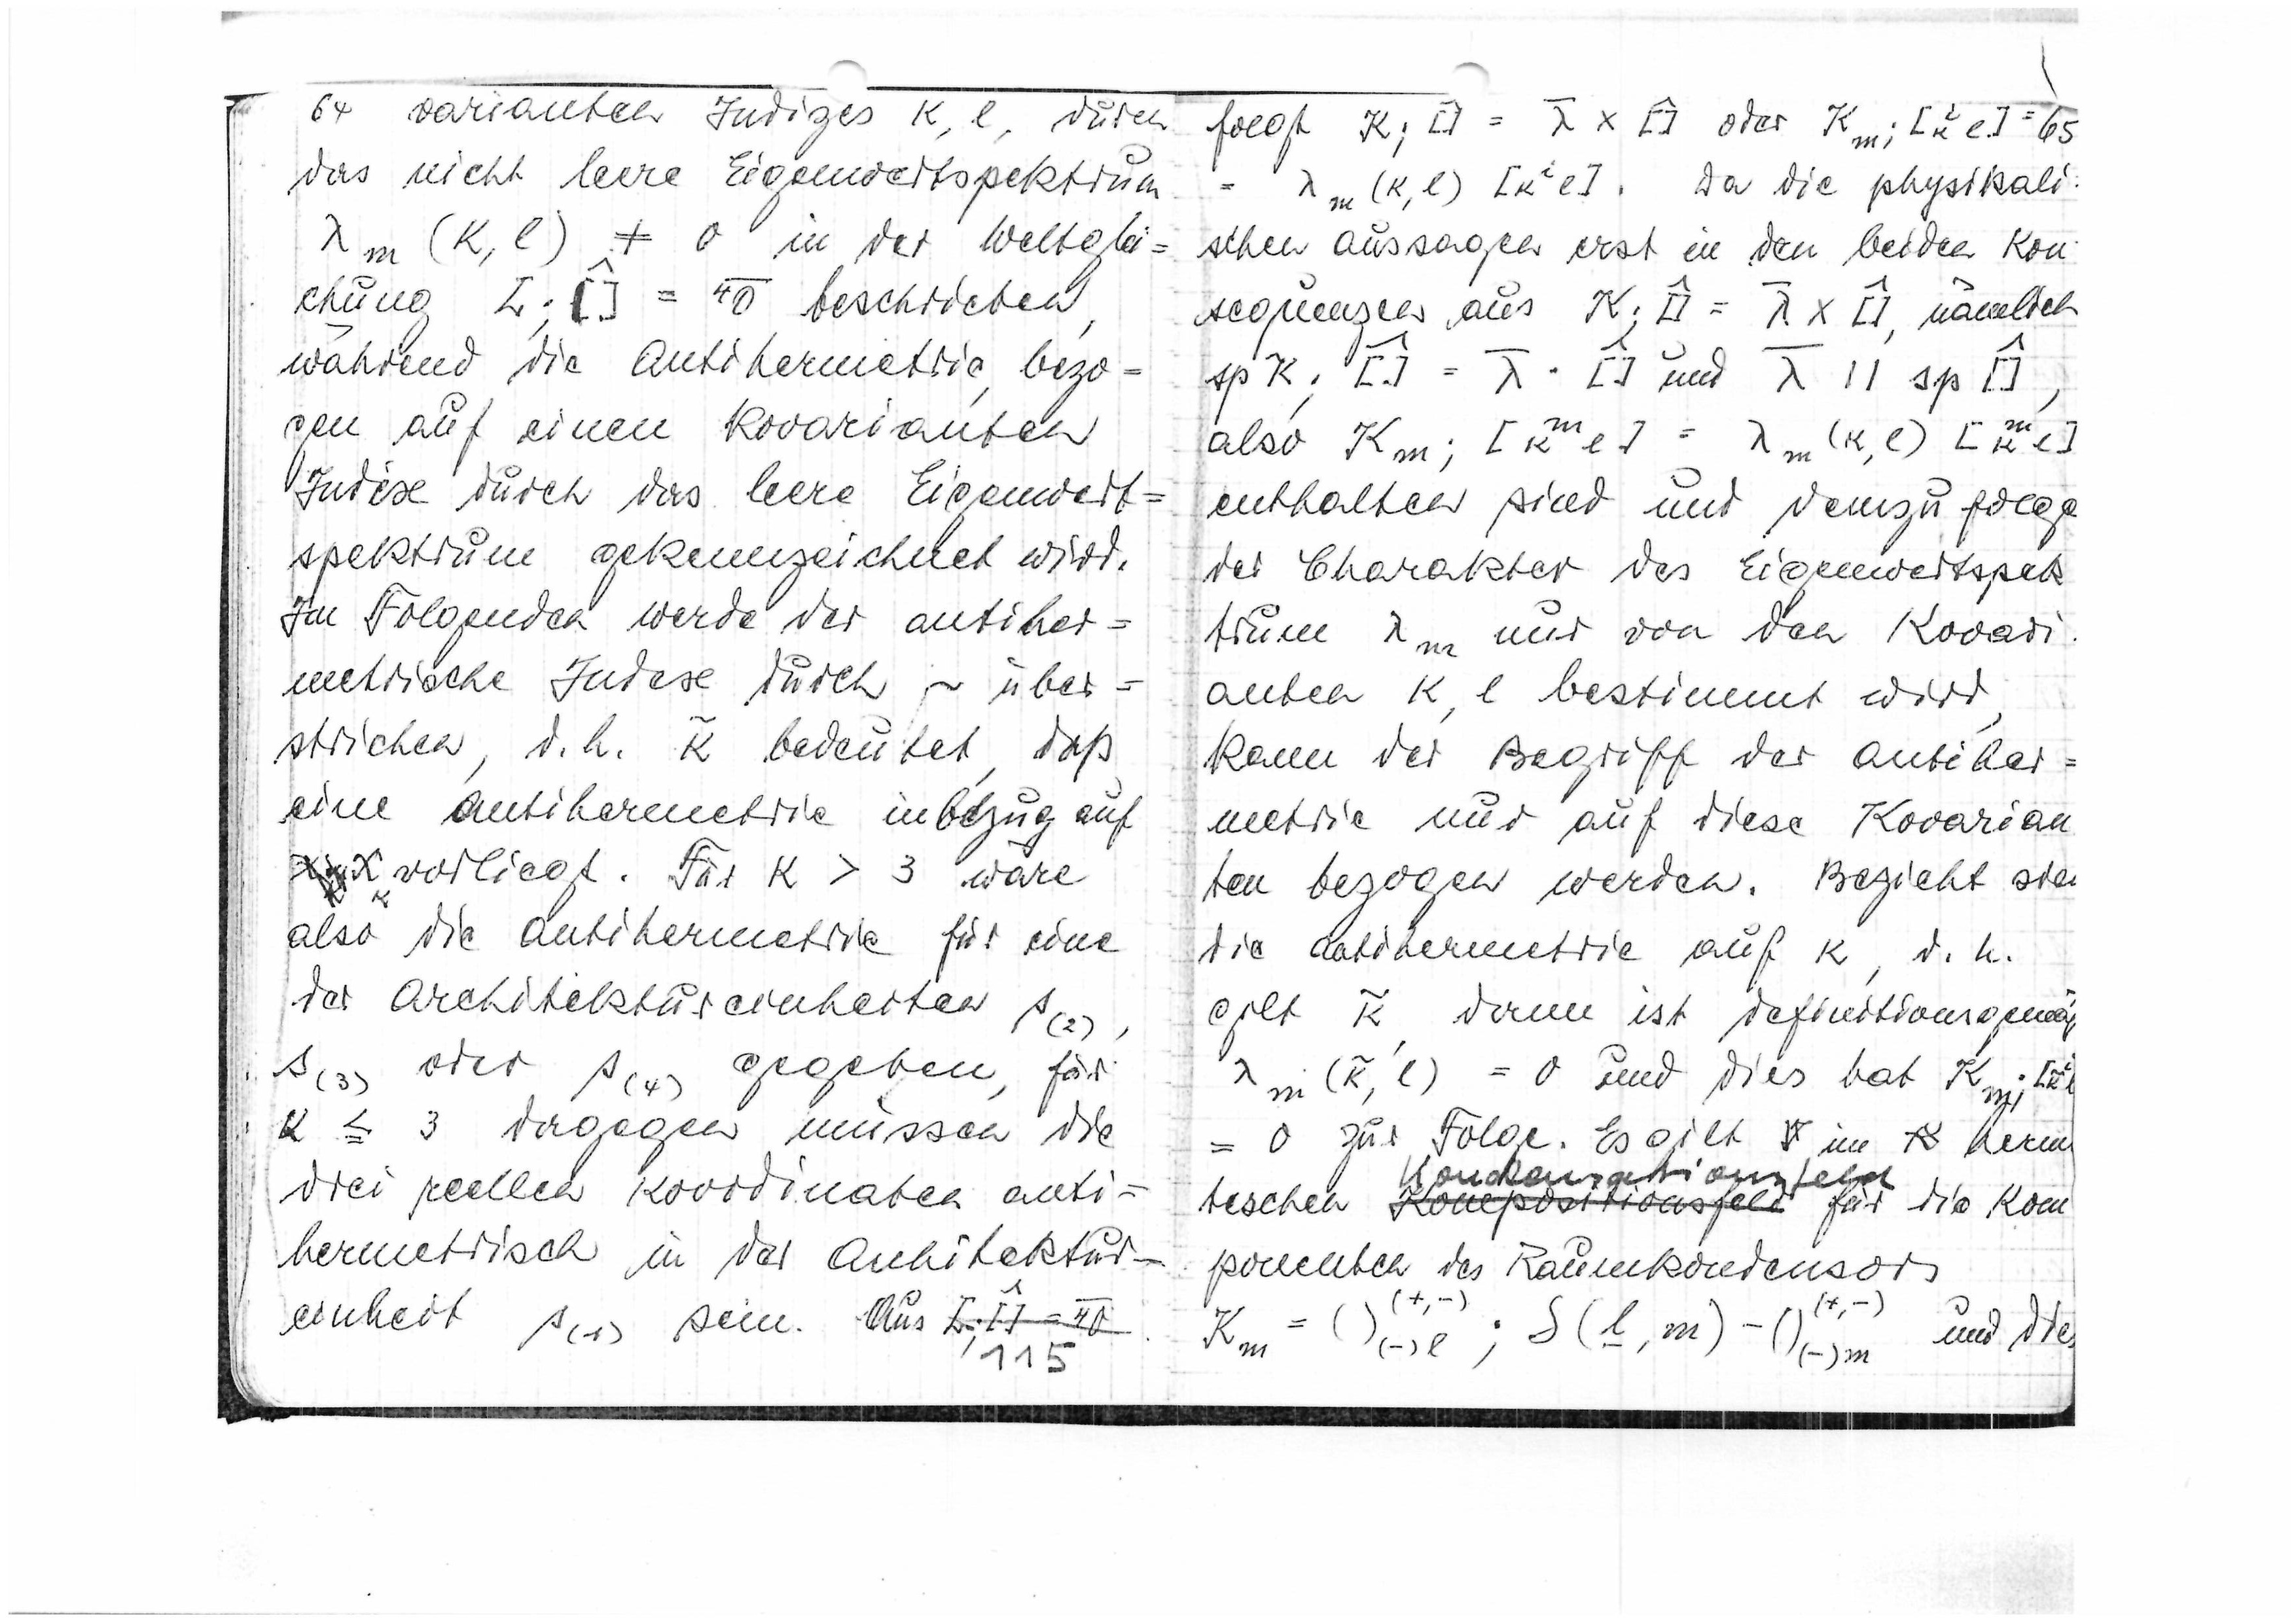
64
varianten Indices k, l, durch
das nicht leere Eigenwertspektrum
λm(k, l) ≠ 0
in der Weltglei=
chung

beschrieben,
während die Antihermetrie, bezo
gen auf einen kovarianten
Index durch das leere Eigenwert
spektrum gekennzeichnet wird.
Im Folgenden werde der antiher=
metrische Index durch ~ über=
strichen, d.h.

bedeutet, daß
eine Antihermetrie in Bezug auf
xk vorliegt. Für k > 3 wäre
also die Antihermetrie für eine
der Architektureinheiten s(2),
s(3) oder s(4) gegeben, für
k ≦ 3 dagegen müssen die
drei reellen Koordinaten anti=
hermetrisch in der Architektur=
einheit s(1) sein. Aus
115

folgt

oder

65

Da die physikali
schen Aussagen erst in den beiden Kon
sequenzen aus

nämlich

und

also

enthalten sind und demzufolge
der Charakter des Eigenwertspekt
trum λm nur von den kovari
anten k, l bestimmt wird,
kann der Begriff der Antiher=
metrie nur auf diese Kovarian
ten bezogen werden. Bezieht sich
die Antihermetrie auf k, d.h.
gilt

dann ist definitionsgemäß

= 0 und dies hat

= 0 zur Folge. Es gilt im herm
Kondensationsfeld
tischen
für die Kom
ponenten des Raumkondensors

und dies